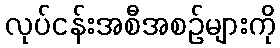
လုပ်ငန်းအစီအစဉ်များကို